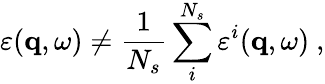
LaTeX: \varepsilon(\mathbf{q},\omega)\neq\frac{1}{N_{s}}\sum_{i}^{N_{s}}\varepsilon^{i}(\mathbf{q},\omega)\ ,